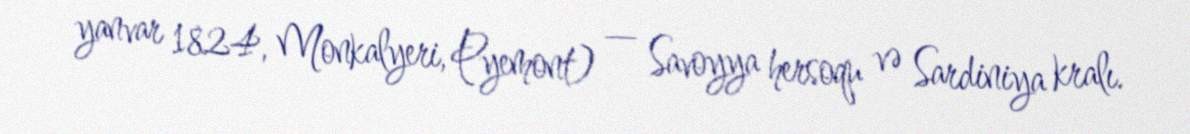
yanvar 1824, Monkalyeri, Pyemont) — Savoyya hersoqu və Sardiniya kralı.